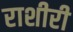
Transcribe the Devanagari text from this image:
राशीरी